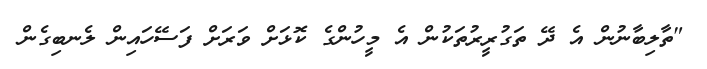
"ތާލިބާނުން އެ ދޭ ތަގުރީރުތަކުން އެ މީހުންގެ ކޮޅަށް ވަރަށް ފަސޭހައިން ލެނބިގެން